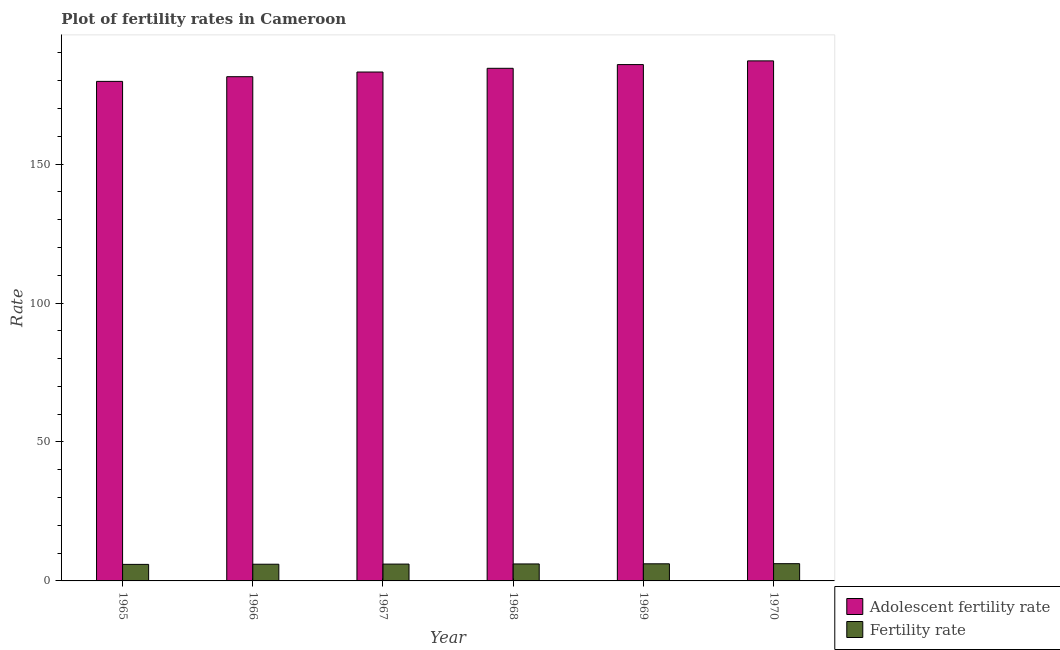
| Year | Adolescent fertility rate | Fertility rate |
 | --- | --- | --- |
 | 1965 | 180 | 5.95 |
 | 1966 | 181 | 6 |
 | 1967 | 183 | 6.06 |
 | 1968 | 184 | 6.11 |
 | 1969 | 186 | 6.16 |
 | 1970 | 187 | 6.21 |